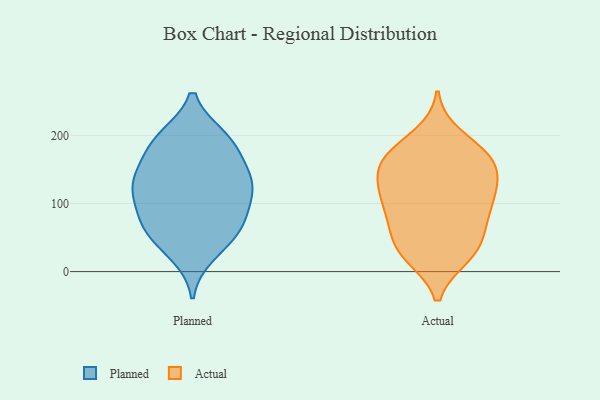
{"axis": {"x": "Conversion Rate (%)", "y": "Value"}, "legend": ["Actual", "Planned"], "data": [{"x": "", "y": 188, "type": "Planned"}, {"x": "", "y": 196, "type": "Planned"}, {"x": "", "y": 50, "type": "Planned"}, {"x": "", "y": 182, "type": "Planned"}, {"x": "", "y": 83, "type": "Planned"}, {"x": "", "y": 74, "type": "Planned"}, {"x": "", "y": 54, "type": "Planned"}, {"x": "", "y": 139, "type": "Planned"}, {"x": "", "y": 125, "type": "Planned"}, {"x": "", "y": 140, "type": "Planned"}, {"x": "", "y": 131, "type": "Planned"}, {"x": "", "y": 27, "type": "Planned"}, {"x": "", "y": 74, "type": "Planned"}, {"x": "", "y": 194, "type": "Planned"}, {"x": "", "y": 111, "type": "Planned"}, {"x": "", "y": 126, "type": "Planned"}, {"x": "", "y": 172, "type": "Actual"}, {"x": "", "y": 166, "type": "Actual"}, {"x": "", "y": 172, "type": "Actual"}, {"x": "", "y": 115, "type": "Actual"}, {"x": "", "y": 29, "type": "Actual"}, {"x": "", "y": 114, "type": "Actual"}, {"x": "", "y": 77, "type": "Actual"}, {"x": "", "y": 36, "type": "Actual"}, {"x": "", "y": 99, "type": "Actual"}, {"x": "", "y": 147, "type": "Actual"}, {"x": "", "y": 150, "type": "Actual"}, {"x": "", "y": 75, "type": "Actual"}, {"x": "", "y": 199, "type": "Actual"}, {"x": "", "y": 137, "type": "Actual"}, {"x": "", "y": 24, "type": "Actual"}, {"x": "", "y": 23, "type": "Actual"}, {"x": "", "y": 87, "type": "Actual"}, {"x": "", "y": 51, "type": "Actual"}, {"x": "", "y": 121, "type": "Actual"}, {"x": "", "y": 172, "type": "Actual"}]}